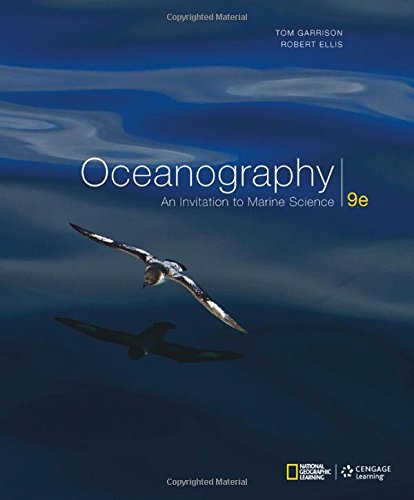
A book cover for Oceanography: An Invitation to Marine Science; Tom S. Garrison; Science & Math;